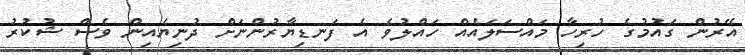
އޭރުން ގައުމުގެ ހުރިހާ މައްސަލައެއް ހައްލުވެ އެ ފަނޑިޔާރުންނަށް ދުނިޔެއިން ވެސް ޝުކުރު